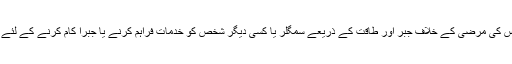
ایسے شخص کو اس کی مرضی کے خلاف جبر اور طاقت کے ذریعے سمگلر یا کسی دیگر شخص کو خدمات فراہم کرنے یا جبراً کام کرنے کے لئے روک لیا جاتا ہے۔